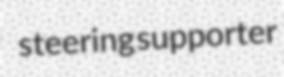
steering supporter